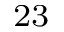
^ { 2 3 }